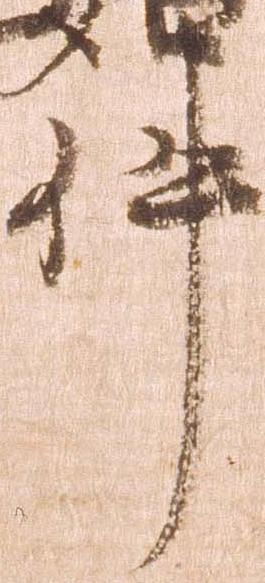
件